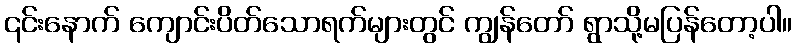
၎င်းနောက် ကျောင်းပိတ်သောရက်များတွင် ကျွန်တော် ရွာသို့မပြန်တော့ပါ။